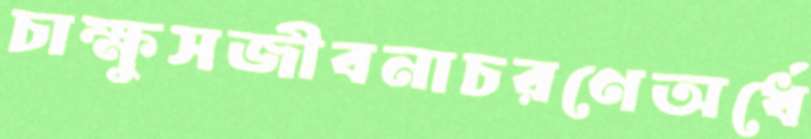
চাক্ষুসজীবনাচরণেঅর্ধে